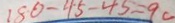
1 8 0 - 4 5 - 4 5 = 9 0